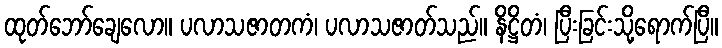
ထုတ်ဘော်ချေလော။ ပလာသဇာတကံ၊ ပလာသဇာတ်သည်။ နိဋ္ဌိတံ၊ ပြီးခြင်းသို့ရောက်ပြီ။